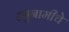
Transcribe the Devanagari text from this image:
त्सुनामीचे